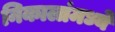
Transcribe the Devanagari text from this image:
निकालांमध्ये